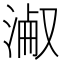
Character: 𣸎